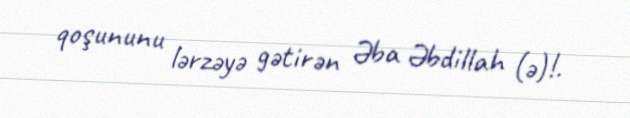
qoşununu lərzəyə gətirən Əba Əbdillah (ə)!.